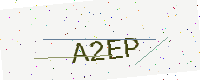
Text: A2EP